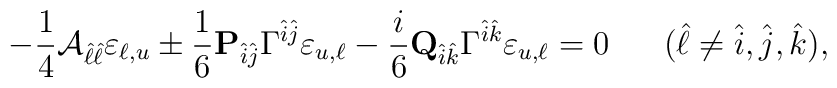
-{1\over 4}{\cal A}_{\hat{\ell}\hat{\ell}} \varepsilon_{\ell,u} \pm {1\over 6}{\bf P}_{\hat{i}\hat{j}}\Gamma^{\hat{i}\hat{j}}\varepsilon_{u,\ell} -{i\over 6}{\bf Q}_{\hat{i}\hat{k}} \Gamma^{\hat{i}\hat{k}}\varepsilon_{u,\ell} = 0 \ \ \ \ \ (\hat{\ell} \neq \hat{i},\hat{j}, \hat{k}),